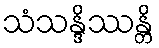
သံသန္ဒိဿန္တိ